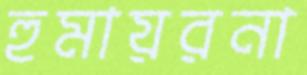
হুমায়রনা